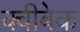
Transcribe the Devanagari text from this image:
क्वीबेक